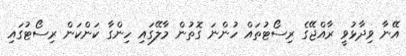
އޭނާ ވިދާޅުވީ ރާއްޖޭގެ ރިސޯޓުތައް ހުންނަ ގޮތުން މާލޭގައި ހިންގާ ކަންކަން ރިސޯޓުގައި